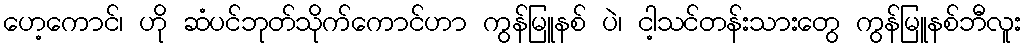
ဟေ့ကောင်၊ ဟို ဆံပင်ဘုတ်သိုက်ကောင်ဟာ ကွန်မြူနစ် ပဲ၊ ငါ့သင်တန်းသားတွေ ကွန်မြူနစ်ဘီလူး